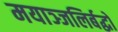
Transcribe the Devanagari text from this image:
मयाञ्जलिर्बद्धो